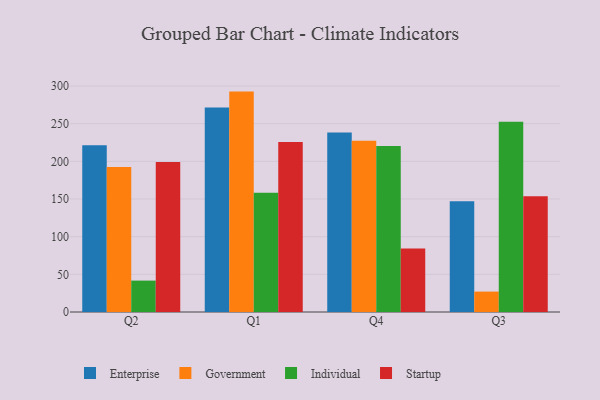
{"axis": {"x": "Quarter", "y": "Waste Production (Tons)"}, "legend": ["Enterprise", "Government", "Individual", "Startup"], "data": [{"x": "Q2", "y": 221.5, "type": "Enterprise"}, {"x": "Q2", "y": 192.6, "type": "Government"}, {"x": "Q2", "y": 41.7, "type": "Individual"}, {"x": "Q2", "y": 199.2, "type": "Startup"}, {"x": "Q1", "y": 271.4, "type": "Enterprise"}, {"x": "Q1", "y": 292.6, "type": "Government"}, {"x": "Q1", "y": 158.2, "type": "Individual"}, {"x": "Q1", "y": 225.7, "type": "Startup"}, {"x": "Q4", "y": 238.2, "type": "Enterprise"}, {"x": "Q4", "y": 227.5, "type": "Government"}, {"x": "Q4", "y": 220.5, "type": "Individual"}, {"x": "Q4", "y": 84.2, "type": "Startup"}, {"x": "Q3", "y": 146.9, "type": "Enterprise"}, {"x": "Q3", "y": 27.1, "type": "Government"}, {"x": "Q3", "y": 252.7, "type": "Individual"}, {"x": "Q3", "y": 153.7, "type": "Startup"}]}